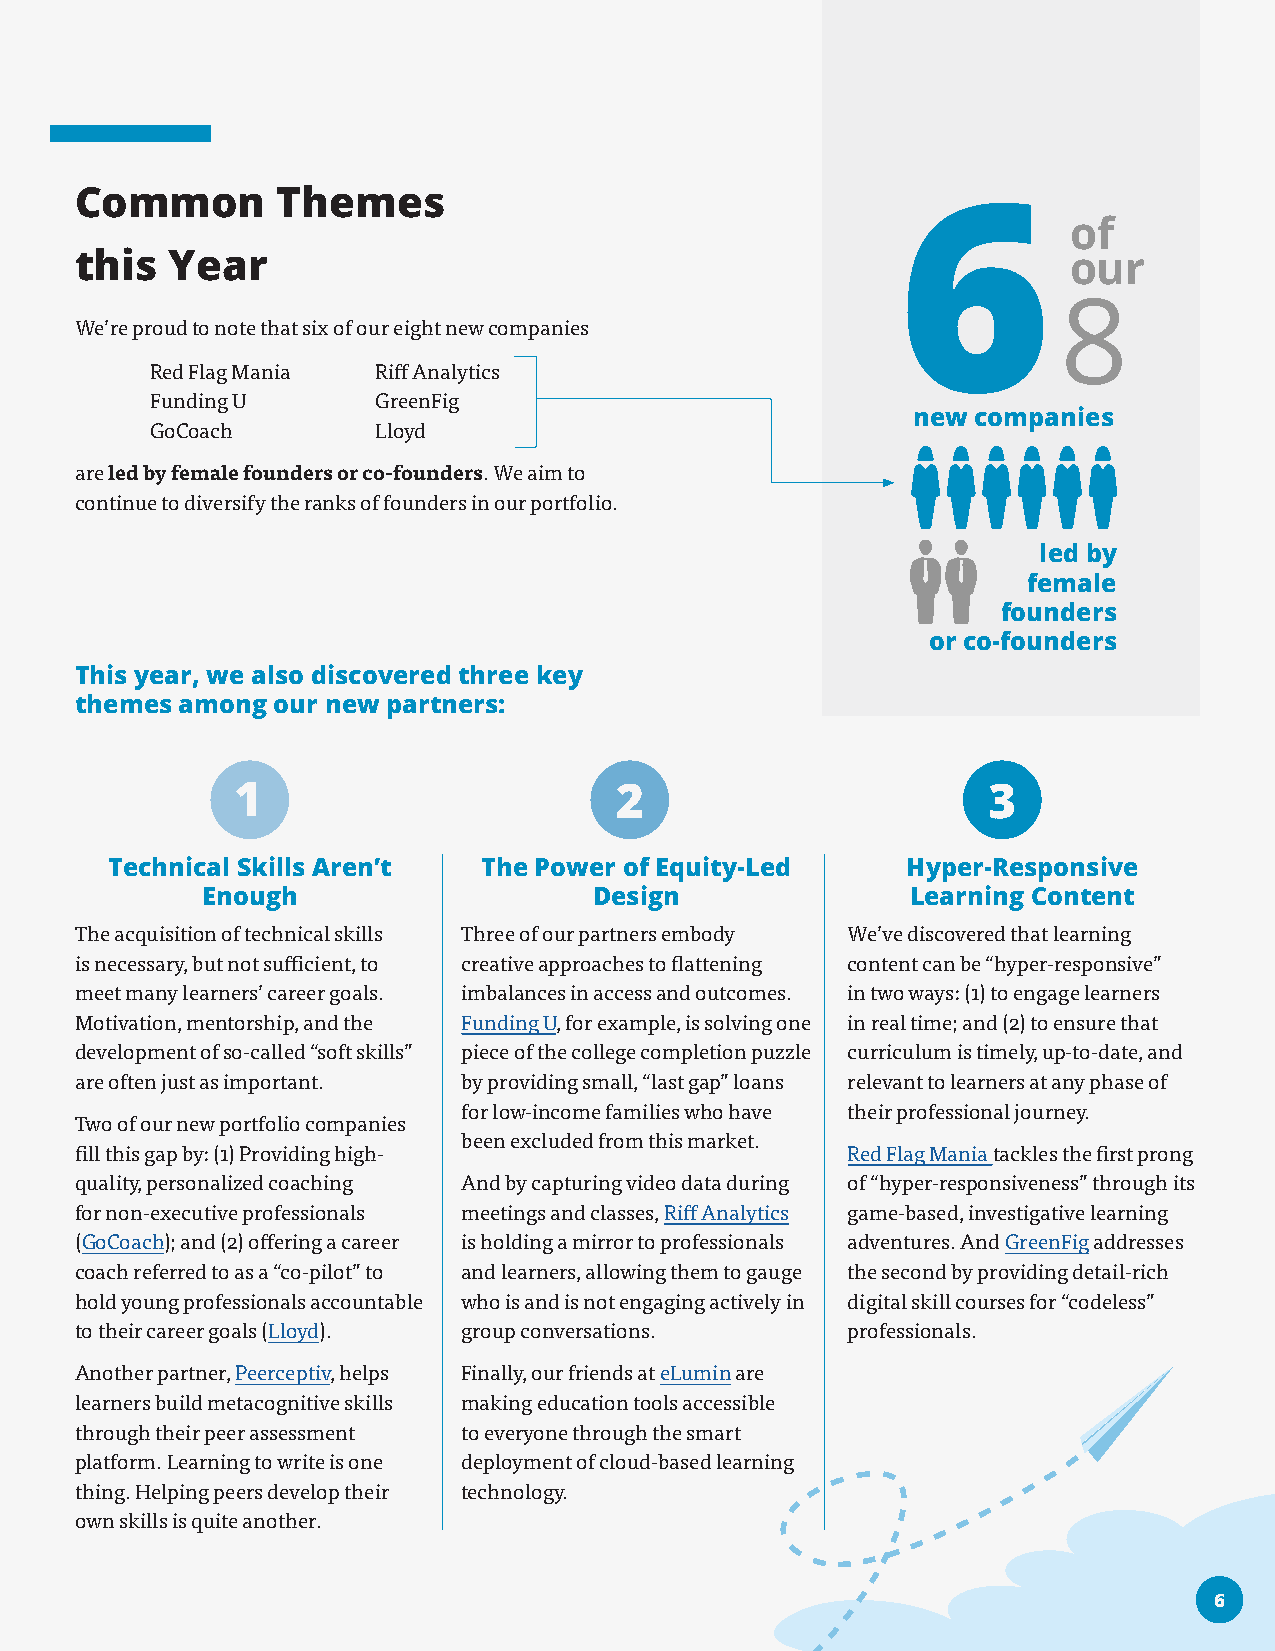
Common       Themes
 of
 this  Year                                                        our
 We’re proud to note that six of our eight new companies
 Red Flag Mania Riff Analytics
 Funding U      GreenFig
 new  companies
 GoCoach        Lloyd
 are led by female founders or co-founders. We aim to
 continue to diversify the ranks of founders in our portfolio.
 led by
 female
 founders
 or co-founders
 This year, we also discovered three key
 themes among our new partners:
 1                         2                       3
 Technical Skills Aren’t  The Power of Equity-Led     Hyper-Responsive
 Enough                    Design               Learning Content
 The acquisition of technical skills Three of our partners embody We’ve discovered that learning
 is necessary, but not sufficient, to creative approaches to flattening content can be “hyper-responsive”
 meet many learners’ career goals. imbalances in access and outcomes. in two ways: (1) to engage learners
 Motivation, mentorship, and the Funding U, for example, is solving one in real time; and (2) to ensure that
 development of so-called “soft skills” piece of the college completion puzzle curriculum is timely, up-to-date, and
 are often just as important. by providing small, “last gap” loans relevant to learners at any phase of
 for low-income families who have their professional journey.
 Two of our new portfolio companies
 been excluded from this market.
 fill this gap by: (1) Providing high-              Red Flag Mania tackles the first prong
 quality, personalized coaching And by capturing video data during of “hyper-responsiveness” through its
 for non-executive professionals meetings and classes, Riff Analytics game-based, investigative learning
 (GoCoach); and (2) offering a career is holding a mirror to professionals adventures. And GreenFig addresses
 coach referred to as a “co-pilot” to and learners, allowing them to gauge the second by providing detail-rich
 hold young professionals accountable who is and is not engaging actively in digital skill courses for “codeless”
 to their career goals (Lloyd). group conversations. professionals.
 Another partner, Peerceptiv, helps Finally, our friends at eLumin are
 learners build metacognitive skills making education tools accessible
 through their peer assessment to everyone through the smart
 platform. Learning to write is one deployment of cloud-based learning
 thing. Helping peers develop their technology.
 own skills is quite another.
 66